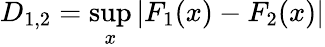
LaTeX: D_{1,2}=\operatorname*{sup}_{x}|F_{1}(x)-F_{2}(x)|